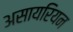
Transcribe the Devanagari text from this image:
असायरियन